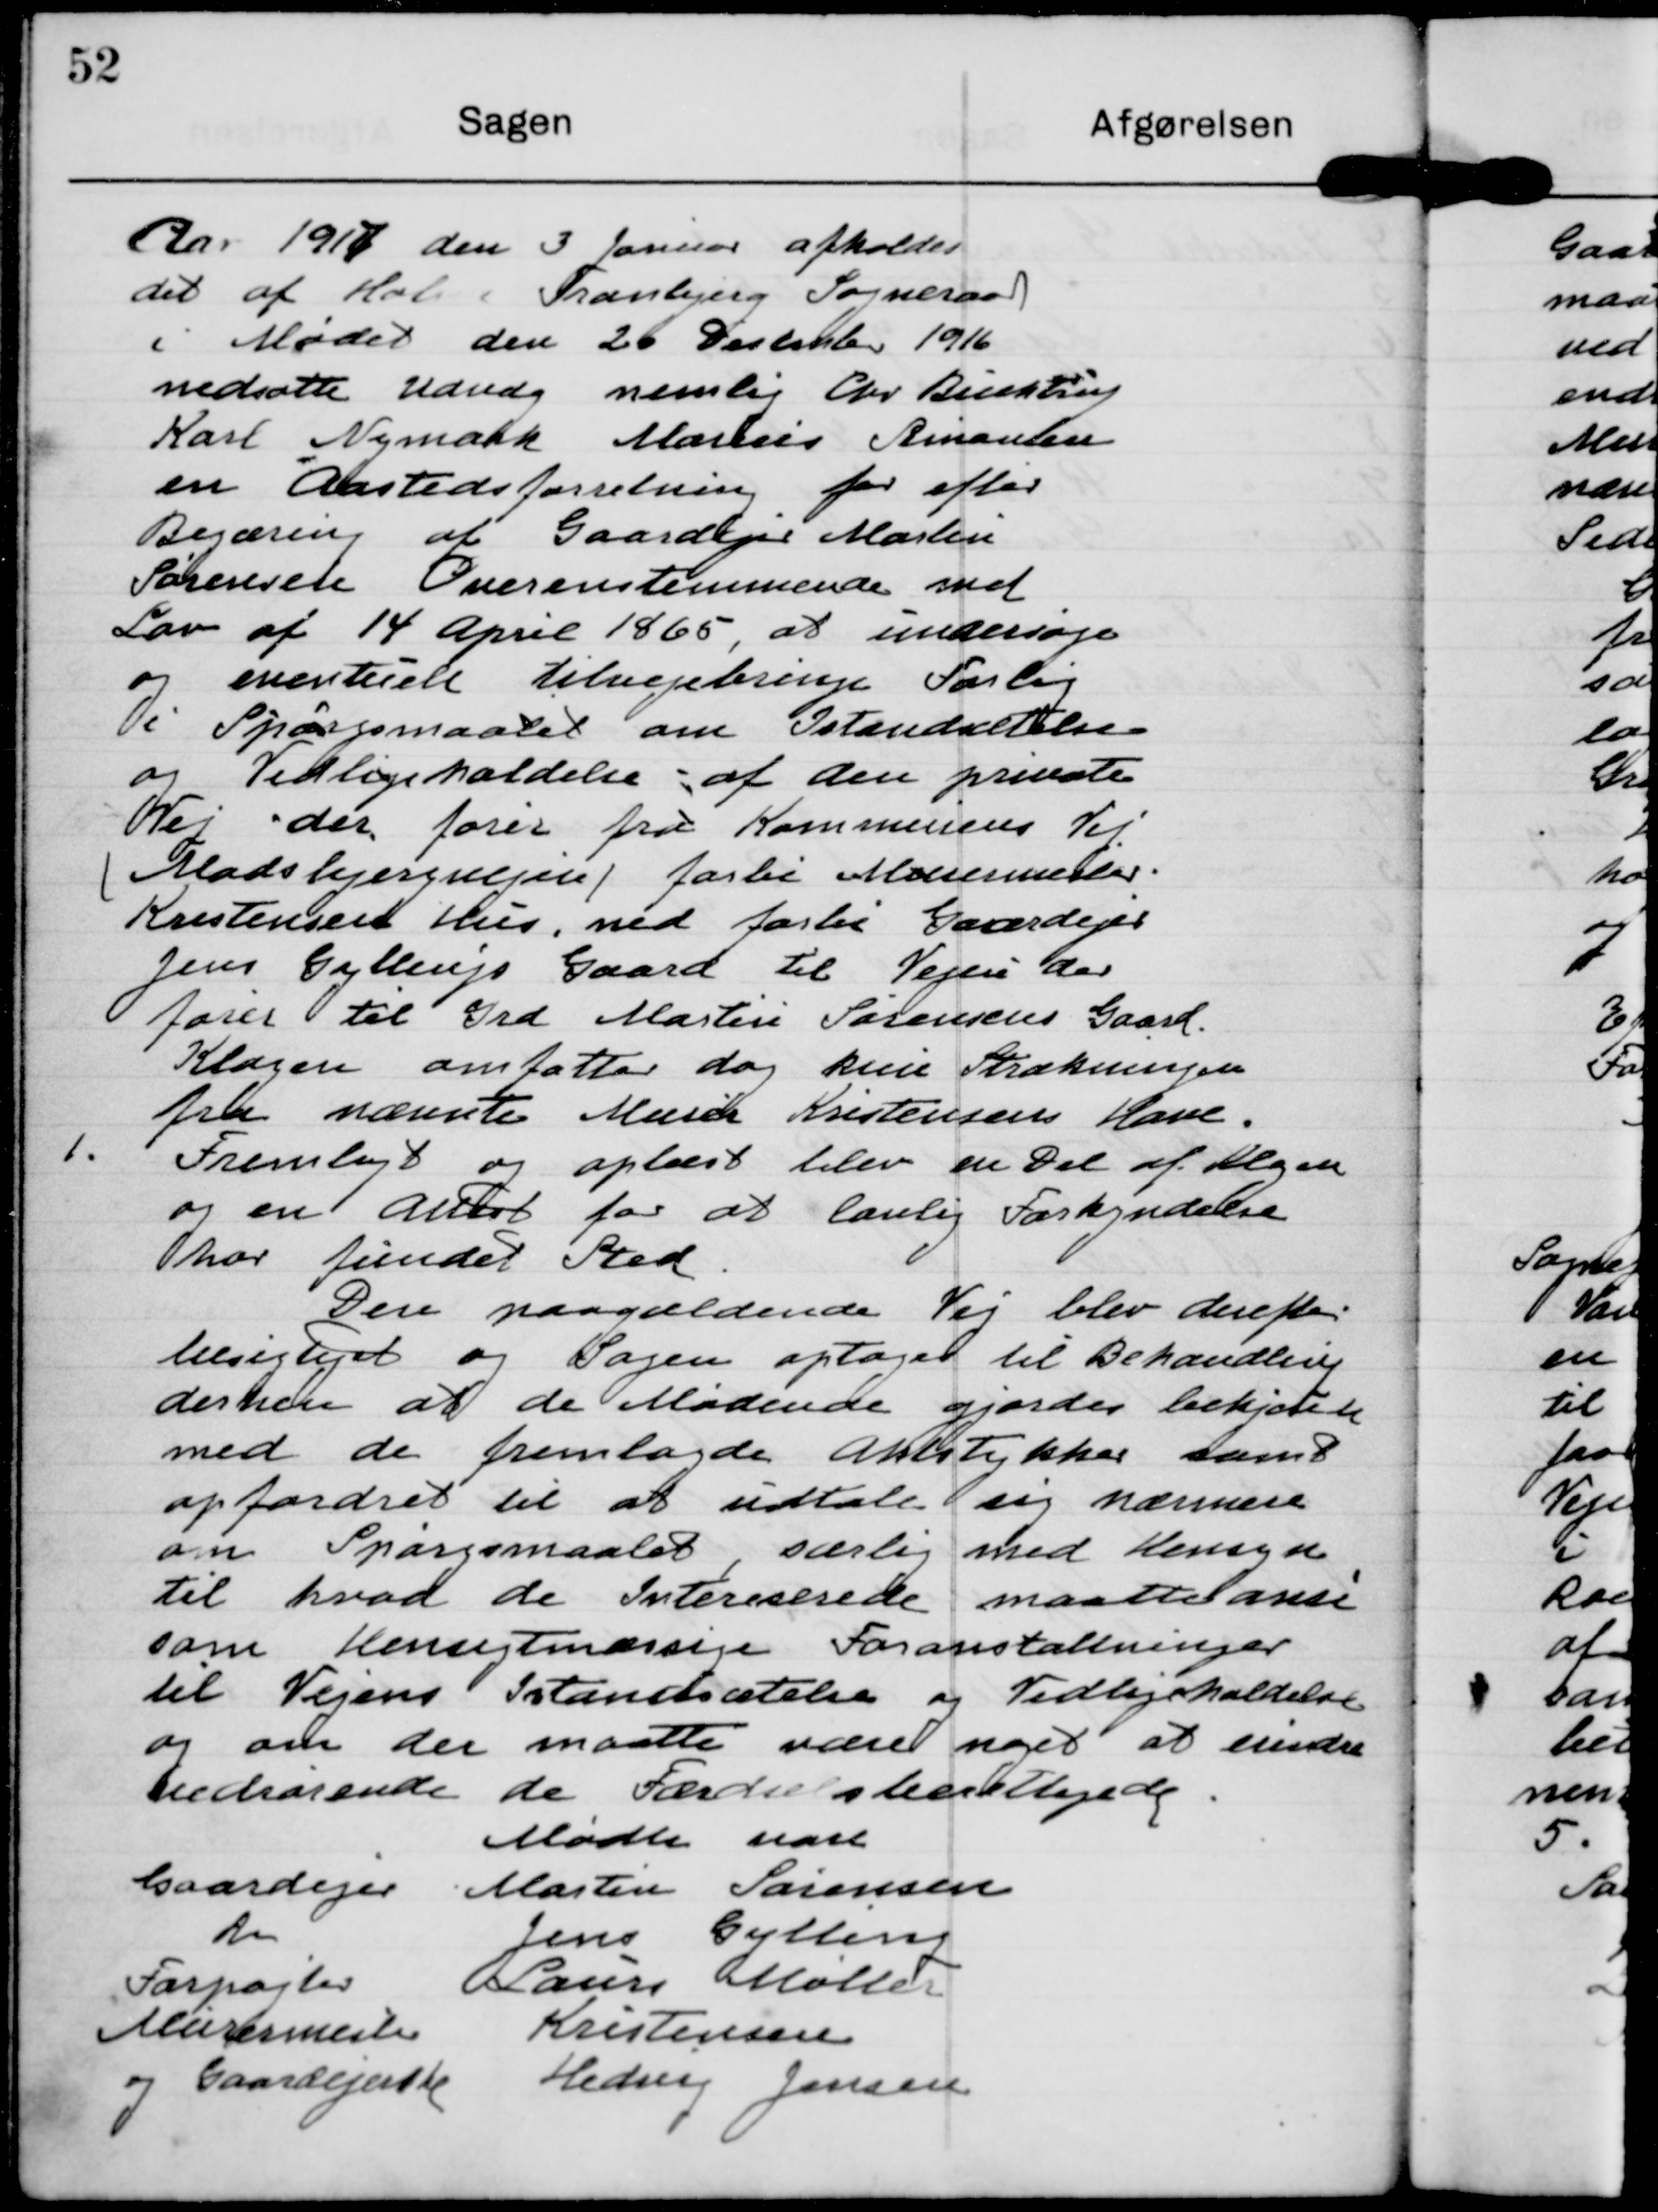
Transskription:
Aar 1917 den 3 Januar afholdes
det af Holme Tranbjerg Sogneraad
i Mødet den 20 December 1916
nedsatte Udvalg nemlig Chr Buchtrup
Karl Nymark Marius Simonsen
en Aastedsforretning for efter
Begæring af Gaardejer Martin
Sørensen Overenstemmende med
Lov af 14 April 1865, at undersøge
og eventuelt tilvejebringe Forlig
i Spørgsmaalet om Istandsættelse
og Vedligeholdelse af den private
Vej, der fører fra Kommunens Vej
(Madsbjergvejen/ forbi Murermester
Kristensens Hus, ned forbi Gaardejer
Jens Gyllings Gaard til Vejen der
fører til Grd Marin Sørensens Gaard.
Klagen omfatter dog kun Strækningen
fra nævnte Murer Kristensens Have.

1. Fremlagt og oplæst blev en Del af Klagen
og en an for at lovlig Forkyndelse
har fundet Sted.
Den paagældende Vej blev derefter
besigtiget og Sagen optaget til Behandling
derhen at de Mødende gjordes bekjendte
med de fremlagde aktstykker samt
opfordret til at udtale sig nærmere
om Spørgsmaalet, særlig med Hensyn
til hvad de Intereserede maatte anse
som Hensigtmæssige Foranstaltninger
til Vejens Istandsætelse og Vedligeholdelse
og om der maatte været noget at erindre
vedrørende de Færdsels?.

Mødte vare
Gaardejer Martin Sørensen
do Jens Gylling
Forpagter Laurs Møller
Murermester Kristensen
og Gaardejerenke Hedvig Jensen